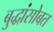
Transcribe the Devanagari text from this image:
बुद्धांसोबत